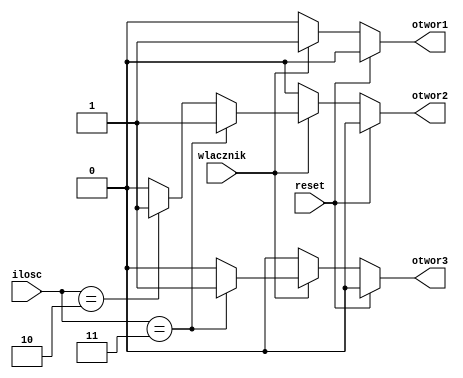
`timescale 1ns / 1ps
//////////////////////////////////////////////////////////////////////////////////
// Company: 
// Engineer: 
// 
// Design Name: 
// Module Name: otwory
// Project Name: 
// Target Devices: 
// Tool Versions: 
// Description: 
// 
// Dependencies: 
// 
// Revision:
// Revision 0.01 - File Created
// Additional Comments:
// 
//////////////////////////////////////////////////////////////////////////////////


module otwory(
input reset, wlacznik,
input [1:0] ilosc,
output reg otwor1, otwor2, otwor3
    );
    always @(*)begin
    if(reset)begin
    otwor1<=1'b0;
    otwor2<=1'b0;
    otwor3<=1'b0;
    end else if(wlacznik)begin
    if(ilosc==3) begin
    otwor1<=1'b1;
    otwor2<=1'b1;
    otwor3<=1'b1;
    end else if(ilosc==2) begin
    otwor1<=1'b1;
    otwor2<=1'b1;
    otwor3<=1'b0;
    end else begin
    otwor1<=1'b1;
    otwor2<=1'b0;
    otwor3<=1'b0;
    end
    end else begin
    otwor1<=1'b0;
    otwor2<=1'b0;
    otwor3<=1'b0;
    end
    end
endmodule